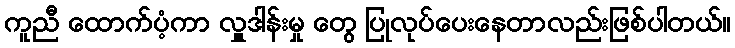
ကူညီ ထောက်ပံ့ကာ လှူဒါန်းမှု တွေ ပြုလုပ်ပေးနေတာလည်းဖြစ်ပါတယ်။